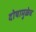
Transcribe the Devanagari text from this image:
दोषामुळेच